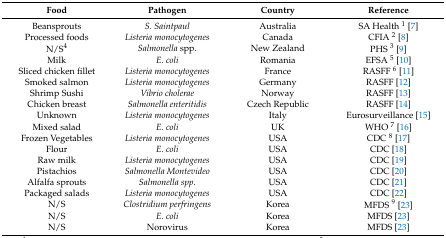
<table><thead><tr><td><b>Food</b></td><td><b>Pathogen</b></td><td><b>Country</b></td><td><b>Reference</b></td></tr></thead><tbody><tr><td>Beansprouts</td><td><i>S. Saintpaul</i></td><td>Australia</td><td>SA Health <sup>1</sup> [7]</td></tr><tr><td>Processed foods</td><td><i>Listeria monocytogenes</i></td><td>Canada</td><td>CFIA <sup>2</sup> [8]</td></tr><tr><td>N/S<sup>4</sup></td><td><i>Salmonella</i> spp.</td><td>New Zealand</td><td>PHS <sup>3</sup> [9]</td></tr><tr><td>Milk</td><td><i>E. coli</i></td><td>Romania</td><td>EFSA <sup>5</sup> [10]</td></tr><tr><td>Sliced chicken fillet</td><td><i>Listeria monocytogenes</i></td><td>France</td><td>RASFF <sup>6</sup> [11]</td></tr><tr><td>Smoked salmon</td><td><i>Listeria monocytogenes</i></td><td>Germany</td><td>RASFF [12]</td></tr><tr><td>Shrimp Sushi</td><td><i>Vibrio cholerae</i></td><td>Norway</td><td>RASFF [13]</td></tr><tr><td>Chicken breast</td><td><i>Salmonella enteritidis</i></td><td>Czech Republic</td><td>RASFF [14]</td></tr><tr><td>Unknown</td><td><i>Listeria monocytogenes</i></td><td>Italy</td><td>Eurosurveillance [15]</td></tr><tr><td>Mixed salad</td><td><i>E. coli</i></td><td>UK</td><td>WHO <sup>7</sup> [16]</td></tr><tr><td>Frozen Vegetables</td><td><i>Listeria monocytogenes</i></td><td>USA</td><td>CDC <sup>8</sup> [17]</td></tr><tr><td>Flour</td><td><i>E. coli</i></td><td>USA</td><td>CDC [18]</td></tr><tr><td>Raw milk</td><td><i>Listeria monocytogenes</i></td><td>USA</td><td>CDC [19]</td></tr><tr><td>Pistachios </td><td><i>Salmonella Montevideo</i></td><td>USA</td><td>CDC [20]</td></tr><tr><td>Alfalfa sprouts</td><td><i>Salmonella spp.</i></td><td>USA</td><td>CDC [21]</td></tr><tr><td>Packaged salads</td><td><i>Listeria monocytogenes</i></td><td>USA</td><td>CDC [22]</td></tr><tr><td>N/S</td><td><i>Clostridium perfringens</i></td><td>Korea</td><td>MFDS <sup>9</sup> [23]</td></tr><tr><td>N/S</td><td><i>E. coli</i></td><td>Korea</td><td>MFDS [23]</td></tr><tr><td>N/S</td><td>Norovirus</td><td>Korea</td><td>MFDS [23]</td></tr></tbody></table>